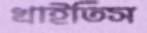
খাইতিস